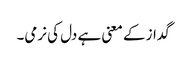
گداز کے معنی ہے دل کی نرمی۔